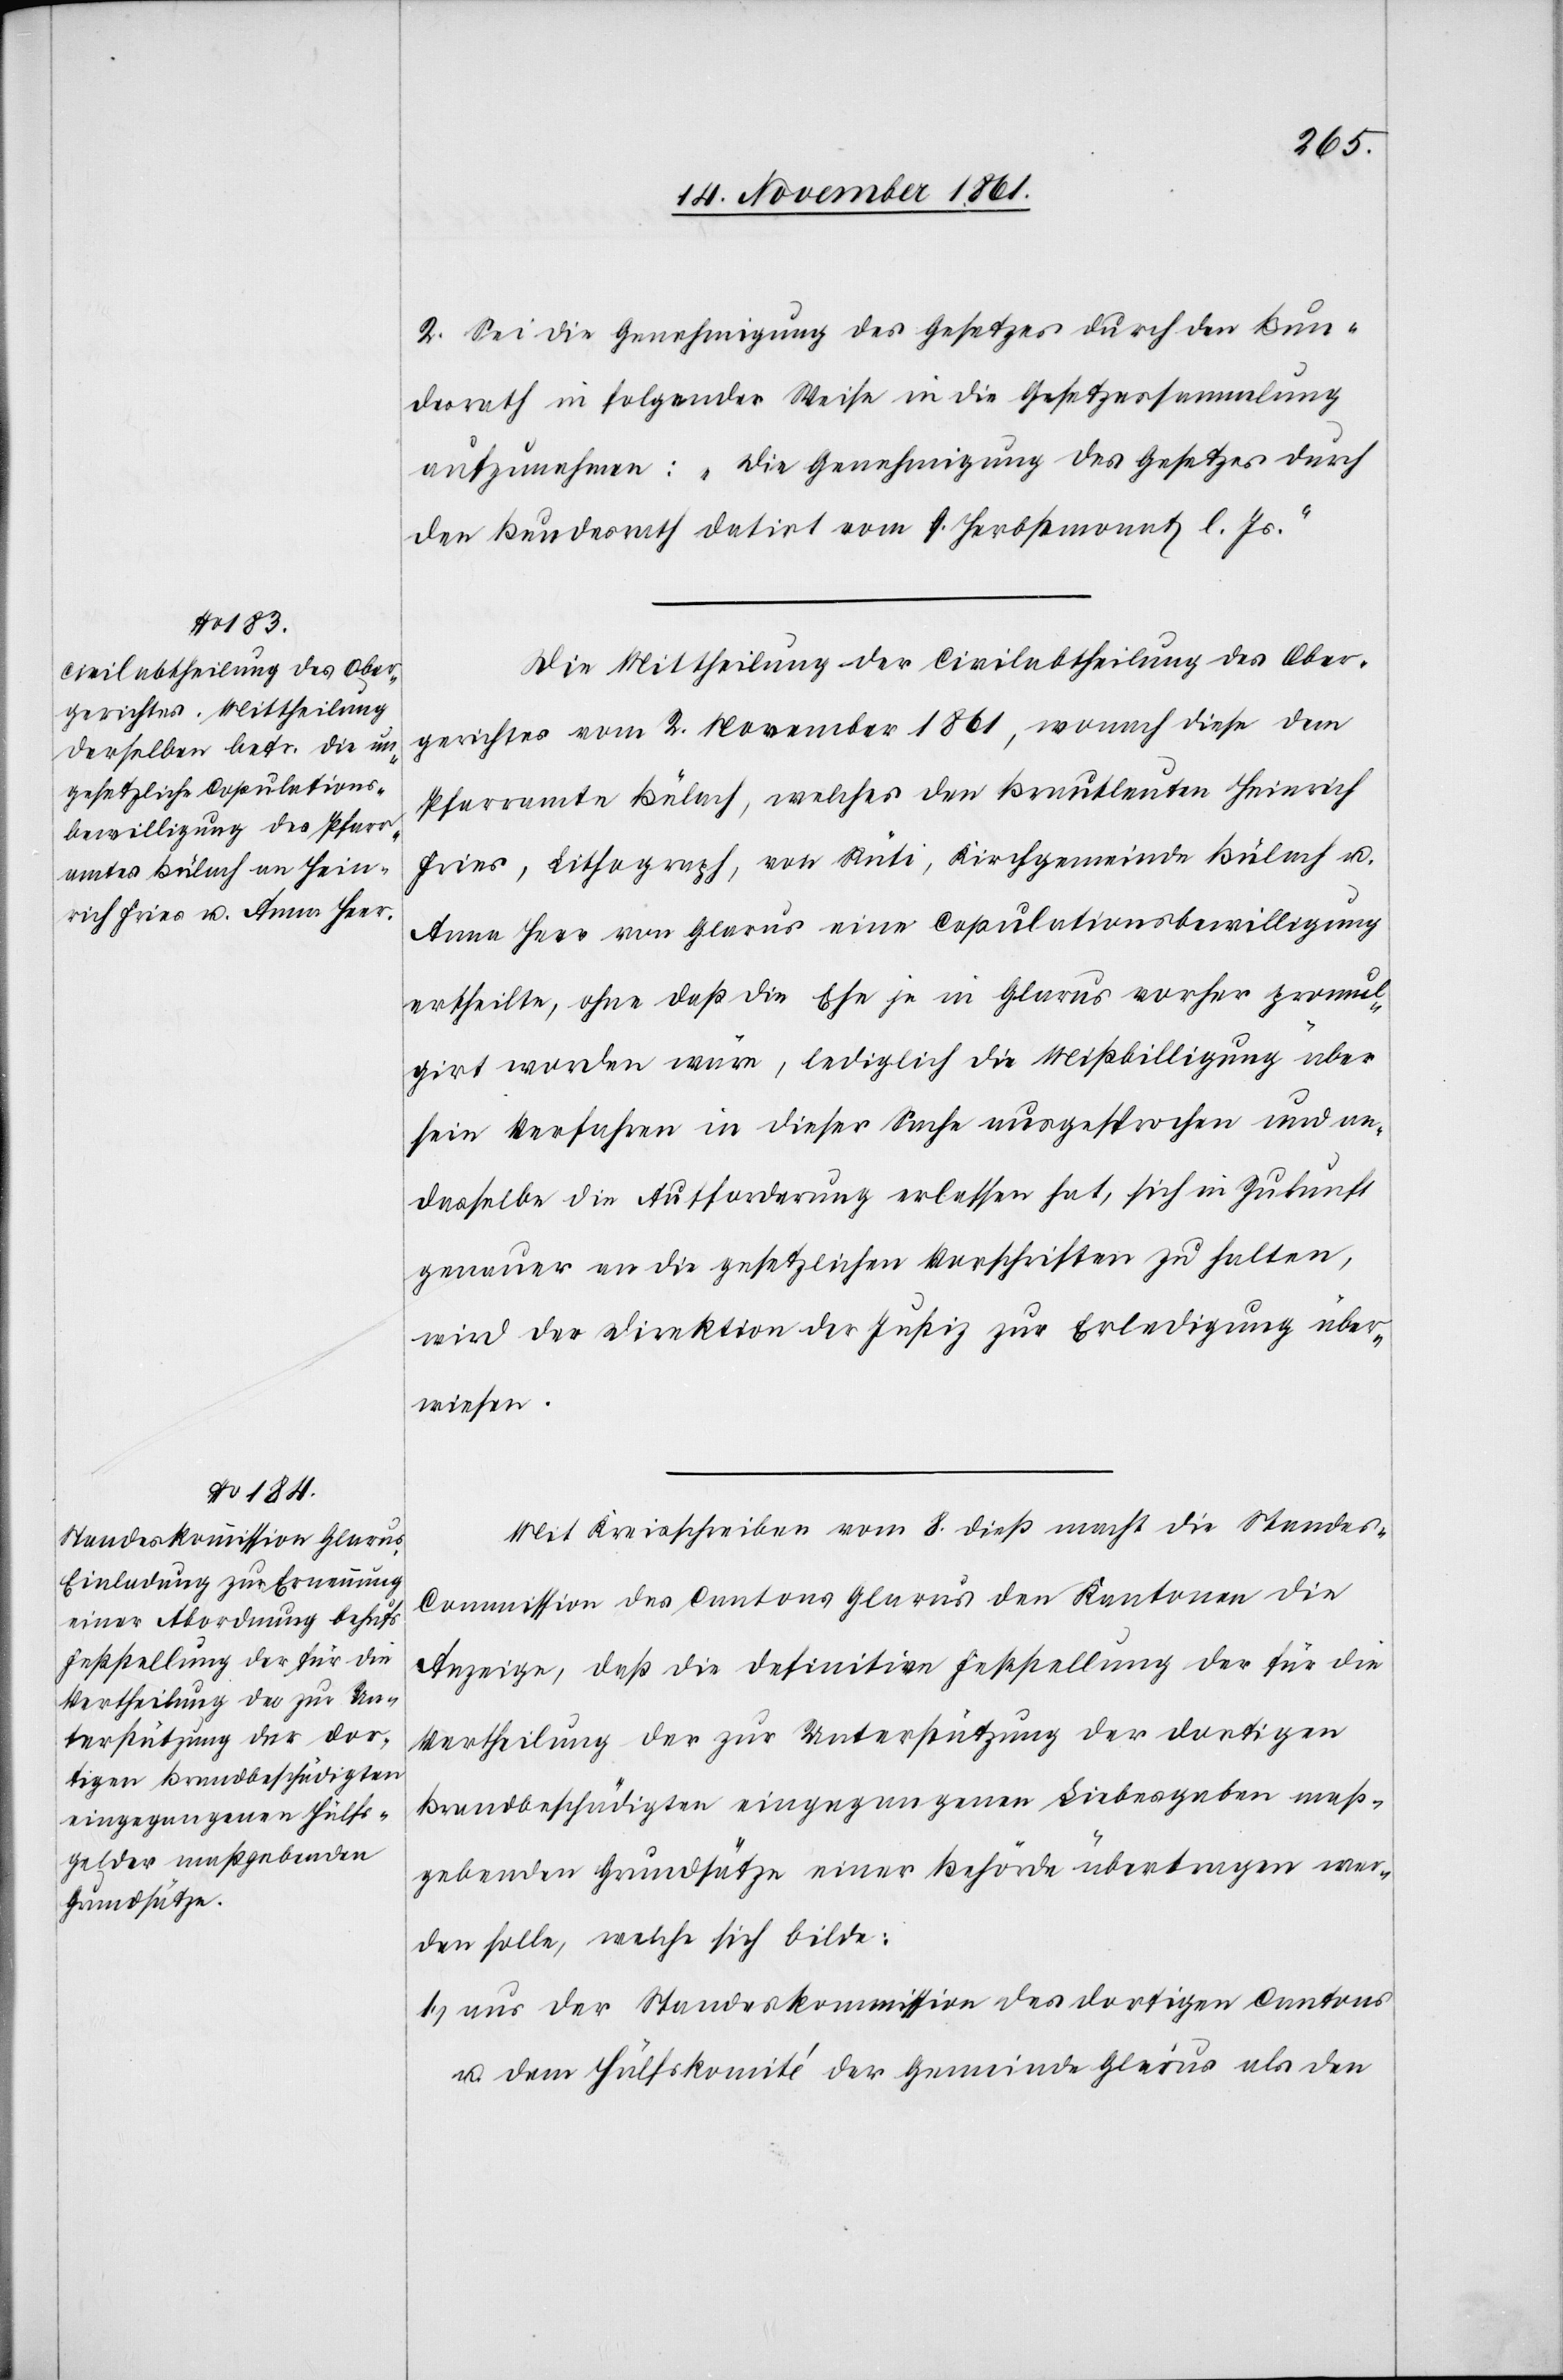
2. Sei die Genehmigung des Gesetzes durch den Bun¬
desrath in folgender Weise in die Gesetzessammlung
aufzunehmen: „Die Genehmigung des Gesetzes durch
den Bundesrath datiert vom 9 Herbstmonat l. Js.“
Die Mittheilung der Civilabtheilung des Ober¬
gerichtes vom 2 November 1861, wonach diese dem
Pfarramte Bülach, welches den Brautleuten Heinrich
Fries, Lithograf, von Rüti, Kirchgemeine Bülach u.
Anna Heer von Glarus eine Copulationsbewilligung
ertheilte, ohne daß die Ehe je in Glarus vorher promul¬
girt worden wäre, lediglich die Mißbilligung über
sein Verfahren in dieser Sache ausgesprochen und an
dasselbe die Aufforderung erlassen hat, sich in Zukunft
genauer an die gesetzlichen Vorschriften zu halten,
wird der Direktion der Justiz zur Erledigung über¬
wiesen.
Mit Kreisschreiben vom 8 dieß macht die Standes-C¬
ommission des Cantons Glarus den Kantonen die
Anzeige, daß die definitive Feststellung der für die
Vertheilung der zur Unterstützung der dortigen
Brandgeschädigten eingegangenen Liebesgaben maß¬
gebenden Grundsätze einer Behörde übertragen wer¬
den solle, welche sich bilde:
1. aus der Standeskommission des dortigen Cantones
u. dem Hülfskomité der Gemeinde Glarus als den